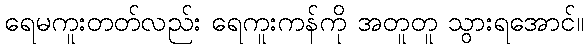
ရေမကူးတတ်လည်း ရေကူးကန်ကို အတူတူ သွားရအောင်။